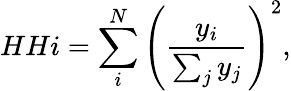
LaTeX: HHi=\sum_{i}^{N}\left(\frac{y_{i}}{\sum_{j}y_{j}}\right)^{2},